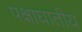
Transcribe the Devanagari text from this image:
पक्षाघातीय